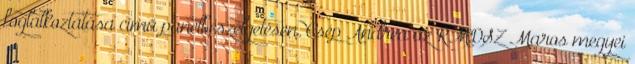
foglalkoztatása című panelbeszélgetésen. Csép Andrea az RMDSZ Maros megyei